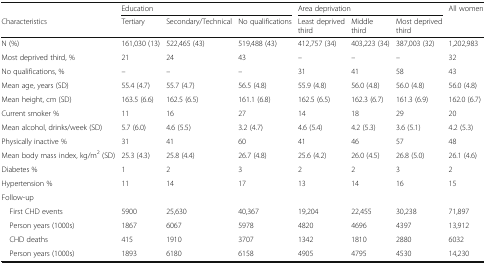
|  | <COLSPAN=3> Education | <COLSPAN=3> Area deprivation | All women |
 | Characteristics | Tertiary | Secondary/Technical | No qualifications | Least deprived third | Middle third | Most deprived third |  |
 | --- | --- | --- | --- | --- | --- | --- | --- |
 | N (%) | 161,030 (13) | 522,465 (43) | 519,488 (43) | 412,757 (34) | 403,223 (34) | 387,003 (32) | 1,202,983 |
 | Most deprived third, % | 21 | 24 | 43 | – | – | – | 32 |
 | No qualifications, % | – | – | – | 31 | 41 | 58 | 43 |
 | Mean age, years (SD) | 55.4 (4.7) | 55.7 (4.7) | 56.5 (4.8) | 55.9 (4.8) | 56.0 (4.8) | 56.0 (4.8) | 56.0 (4.8) |
 | Mean height, cm (SD) | 163.5 (6.6) | 162.5 (6.5) | 161.1 (6.8) | 162.5 (6.5) | 162.3 (6.7) | 161.3 (6.9) | 162.0 (6.7) |
 | Current smoker % | 11 | 16 | 27 | 14 | 18 | 29 | 20 |
 | Mean alcohol, drinks/week (SD) | 5.7 (6.0) | 4.6 (5.5) | 3.2 (4.7) | 4.6 (5.4) | 4.2 (5.3) | 3.6 (5.1) | 4.2 (5.3) |
 | Physically inactive % | 31 | 41 | 60 | 41 | 46 | 57 | 48 |
 | Mean body mass index, kg/m2 (SD) | 25.3 (4.3) | 25.8 (4.4) | 26.7 (4.8) | 25.6 (4.2) | 26.0 (4.5) | 26.8 (5.0) | 26.1 (4.6) |
 | Diabetes % | 1 | 2 | 3 | 2 | 2 | 3 | 2 |
 | Hypertension % | 11 | 14 | 17 | 13 | 14 | 16 | 15 |
 | <COLSPAN=8> Follow-up |
 | First CHD events | 5900 | 25,630 | 40,367 | 19,204 | 22,455 | 30,238 | 71,897 |
 | Person years (1000s) | 1867 | 6067 | 5978 | 4820 | 4696 | 4397 | 13,912 |
 | CHD deaths | 415 | 1910 | 3707 | 1342 | 1810 | 2880 | 6032 |
 | Person years (1000s) | 1893 | 6180 | 6158 | 4905 | 4795 | 4530 | 14,230 |